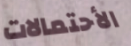
الأحتمالات